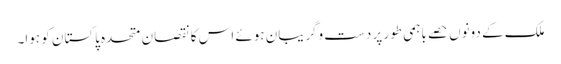
ملک کے دونوں حصے باہمی طور پر دست وگریبان ہوئے اس کا نقصان متحدہ پاکستان کو ہوا۔